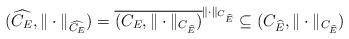
LaTeX: \begin{align*}(\widehat{C_E},\|\cdot\|_{\widehat{C_E}})=\overline{(C_E,\|\cdot\|_{C_{\widehat{E}}})}^{\|\cdot\|_{C_{\widehat{E}}}}\subseteq (C_{\widehat{E}},\|\cdot\|_{C_{\widehat{E}}})\end{align*}